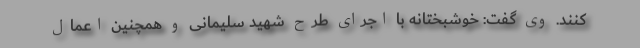
کنند. وی گفت: خوشبختانه با اجرای طرح شهید سلیمانی و همچنین اعمال